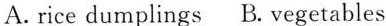
A. rice dumplings B. vegetables